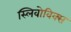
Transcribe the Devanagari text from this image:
स्लिवोविक्स